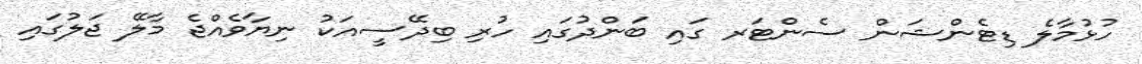
ހުޅުމާލެ ޑިޓެންޝަން ސެންޓަރ ގައި ބަންދުގައި ހުރި ބިދޭސީއަކު ނިޔާވެއްޖެ މާލޭ ޖަލުގައި